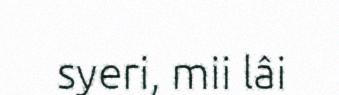
syeri, mii lâi